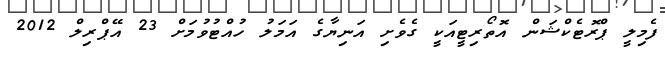
ފެމިލީ ޕްރޮޓެކްޝަން އޮތޯރިޓީއަކީ ގެވެށި އަނިޔާގެ އަމަލު ހުއްޓުވުމަށް 23 އޭޕްރިލް 2012